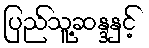
ပြည်သူ့ဆန္ဒနှင့်